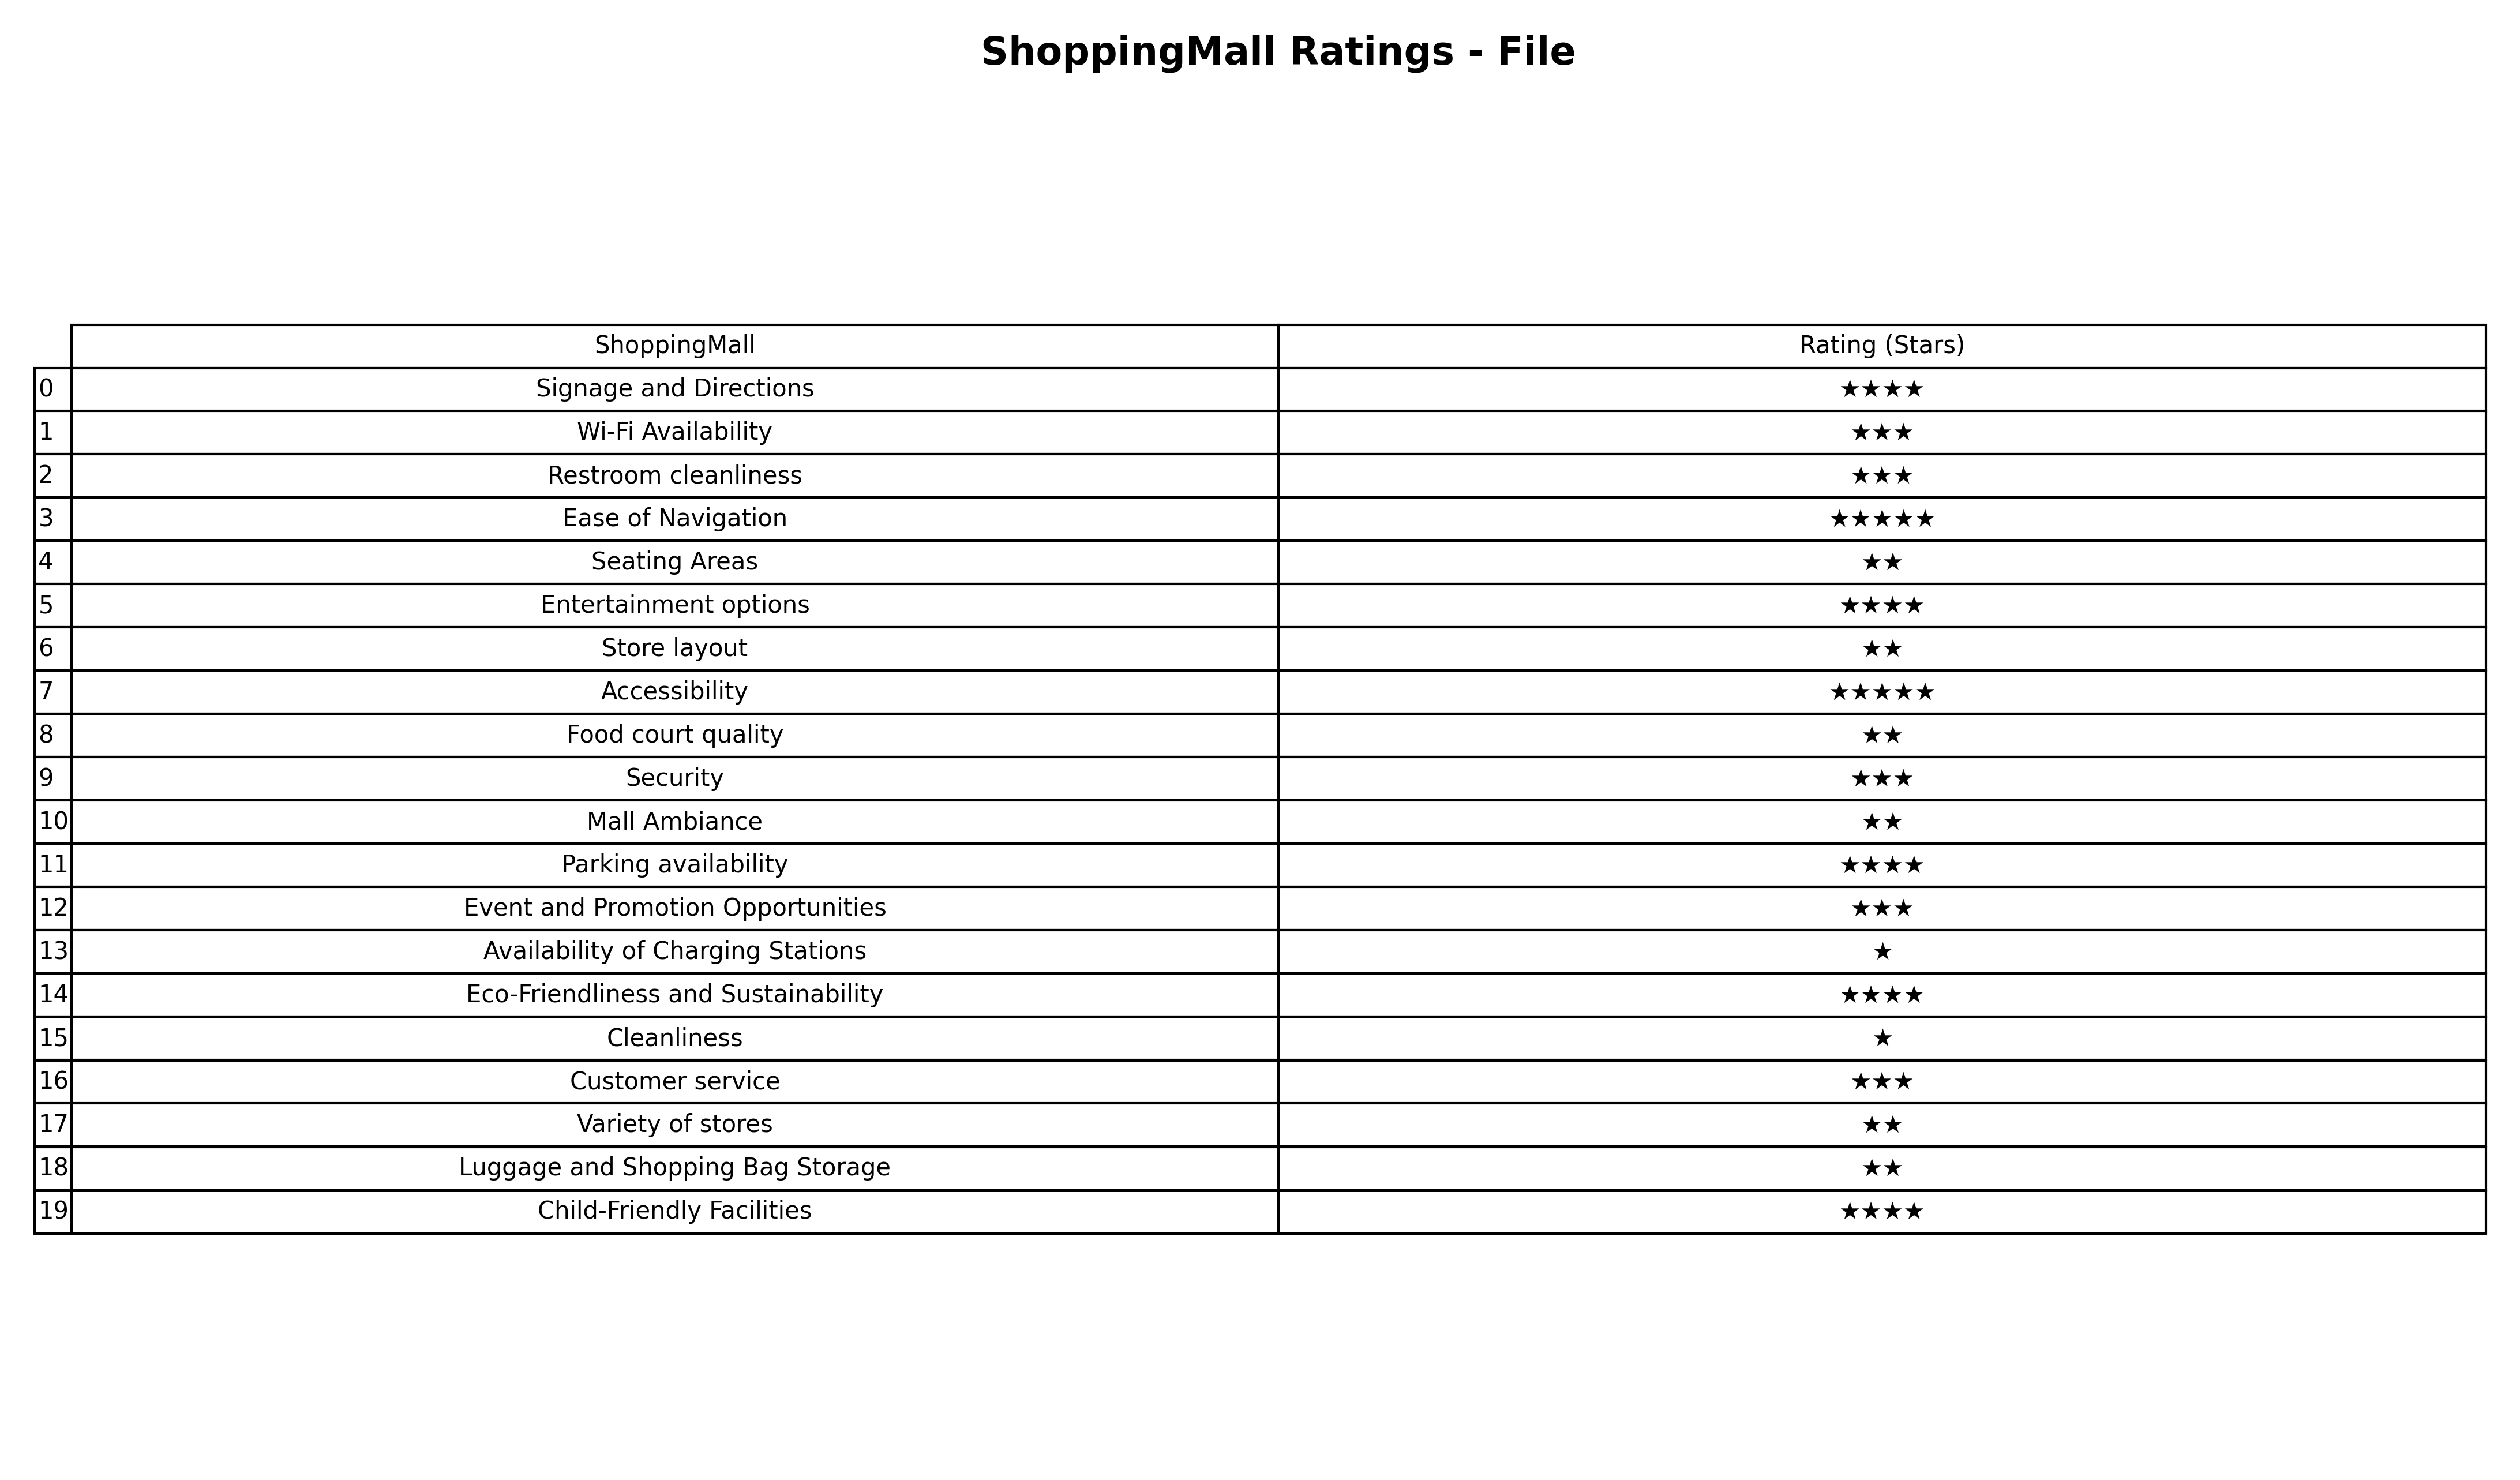
question: What are highest rating services?
answer: Seating AreasStore layoutFood court qualityMall AmbianceVariety of storesLuggage and Shopping Bag Storage